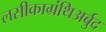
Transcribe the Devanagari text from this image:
लसीकाग्रंथिअर्बुद